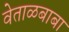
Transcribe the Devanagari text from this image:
वेताळबाबा